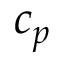
c _ { p }